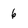
Character: 6